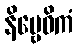
နိဗ္ဗေဓိကံ